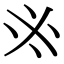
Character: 𠂭